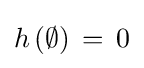
\textstyle h\left(\emptyset \right)\,=\,0